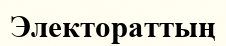
Электораттың